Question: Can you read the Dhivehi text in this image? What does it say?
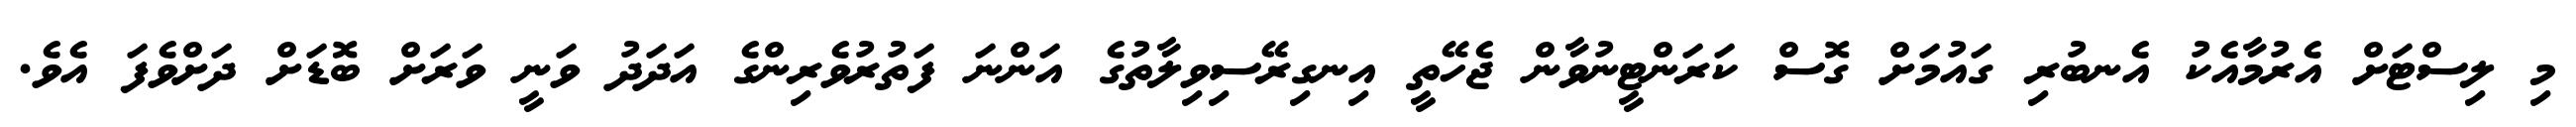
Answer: މި ލިސްޓަށް އެރުމާއެކު އެނބުރި ގައުމަށް ގޮސް ކަރަންޓީނުވާން ޖެހޭތީ އިނގިރޭސިވިލާތުގެ އަންނަ ފަތުރުވެރިންގެ އަދަދު ވަނީ ވަރަށް ބޮޑަށް ދަށްވެފަ އެވެ.